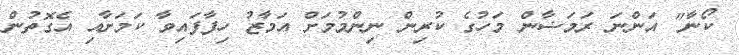
ކޯނާ" އަންނަ ރަމަޟާން މަހުގެ ކުރިން ނިންމުމަށް އަމާޒު ހިފާފައިވާ ކަމަށާއި އެގޮތުން